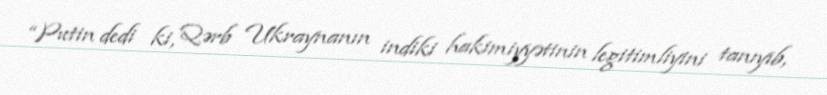
“Putin dedi ki, Qərb Ukraynanın indiki hakimiyyətinin legitimliyini tanıyıb,